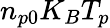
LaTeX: n_{p0}K_{B}T_{p}